Annual report of the Central Committee of the Association together with the report of the directors of the Pasteur Institute at Kasauli
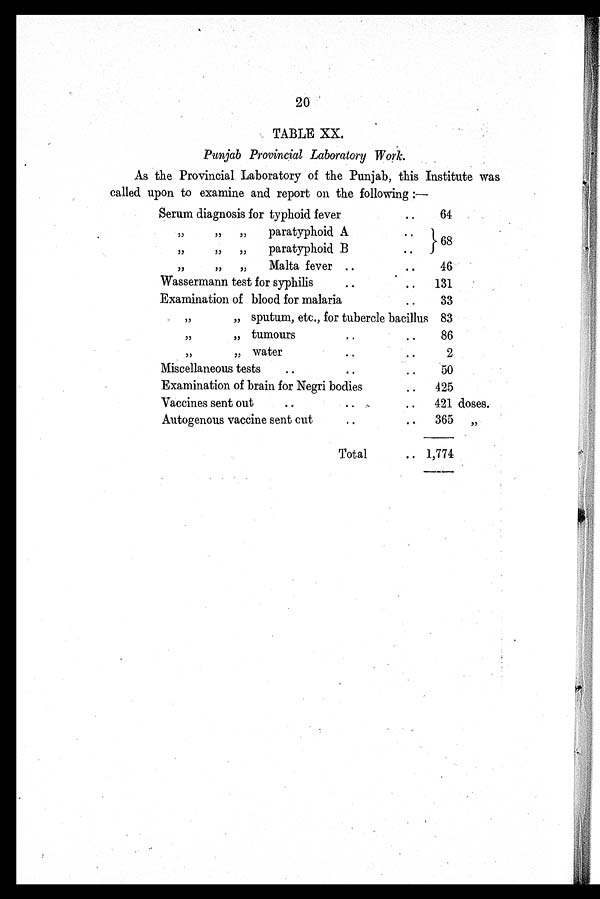
20
TABLE XX.
Punjab Provincial Laboratory Work.
As the Provincial Laboratory of the Punjab, this Institute was
called upon to examine and report on the following:—
Serum diagnosis for typhoid fever
64
,,
paratyphoid A
,,
„
„
paratyphoid B
,,
„
„
Malta fever
46
Wassermann test for syphilis
131
Examination of blood for malaria
33
,,
,, sputum, etc., for tubercle bacillus 83
,, , , t umour s
86
,,
„ water
2
Miscellaneous tests
50
Examination of brain for Negri bodies
425
Vaccines sent out
421 doses.
Autogenous vaccine sent cut
365 „
Total
1,774